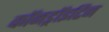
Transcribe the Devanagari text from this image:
कॉनड्रॉइटिन